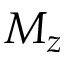
M _ { z }